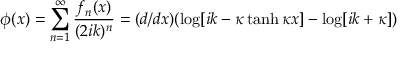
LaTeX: \phi ( x ) = \sum _ { n = 1 } ^ { \infty } { \frac { f _ { n } ( x ) } { ( 2 i k ) ^ { n } } } = ( d / d x ) ( \log [ i k - \kappa \operatorname { t a n h } \kappa x ] - \log [ i k + \kappa ] )